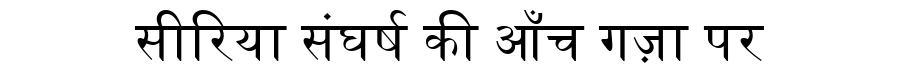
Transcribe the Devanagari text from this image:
सीरिया संघर्ष की आँच गज़ा पर